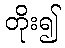
တိုး၍